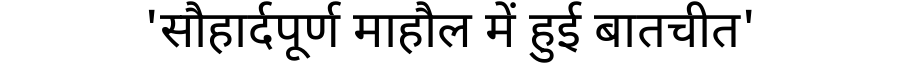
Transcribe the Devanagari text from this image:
'सौहार्दपूर्ण माहौल में हुई बातचीत'